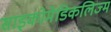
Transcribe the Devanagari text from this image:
साइकोमेडिकलिज्म